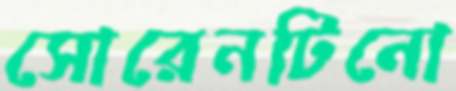
সোরেনটিনো